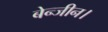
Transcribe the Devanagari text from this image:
बेन्जीन।